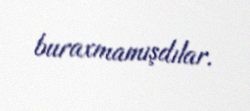
buraxmamışdılar.